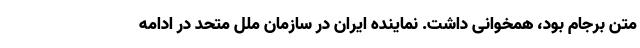
متن برجام بود، همخوانی داشت. نماینده ایران در سازمان ملل متحد در ادامه